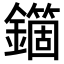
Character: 𨮱